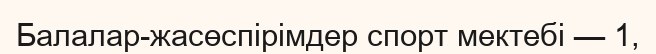
Балалар-жасөспірімдер спорт мектебі — 1,